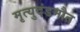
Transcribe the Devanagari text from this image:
मृत्युदंडमौत